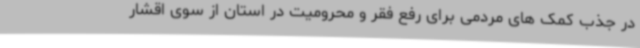
در جذب کمک های مردمی برای رفع فقر و محرومیت در استان از سوی اقشار